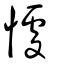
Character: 懅